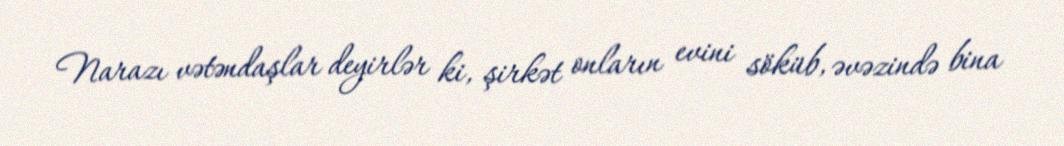
Narazı vətəndaşlar deyirlər ki, şirkət onların evini söküb, əvəzində bina